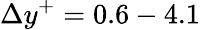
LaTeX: \Delta y^{+}=0.6-4.1